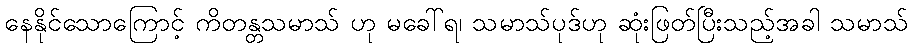
နေနိုင်သောကြောင့် ကိတန္တသမာသ် ဟု မခေါ်ရ၊ သမာသ်ပုဒ်ဟု ဆုံးဖြတ်ပြီးသည့်အခါ သမာသ်